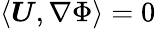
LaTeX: \langle\boldsymbol{U},\nabla\Phi\rangle=0